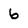
Character: 6